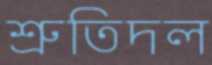
শ্রুতিদল